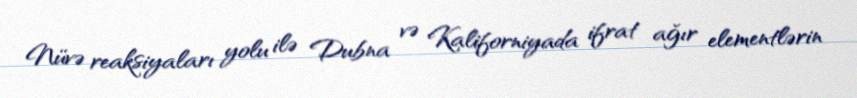
Nüvə reaksiyaları yolu ilə Dubna və Kaliforniyada ifrat ağır elementlərin